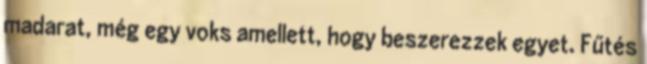
madarat, még egy voks amellett, hogy beszerezzek egyet. Fűtés